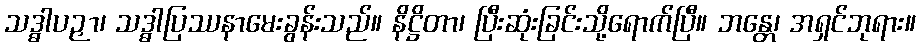
သဒ္ဓါပဉှာ၊ သဒ္ဓါပြဿနာမေးခွန်းသည်။ နိဋ္ဌိတာ၊ ပြီးဆုံးခြင်းသို့ရောက်ပြီ။ ဘန္တေ၊ အရှင်ဘုရား။